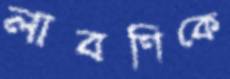
লাবণিকে